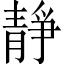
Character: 靜